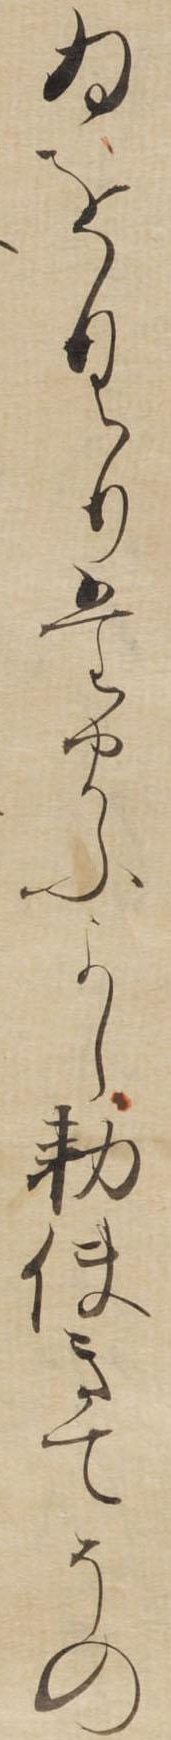
ゐをくりたまふよし勅使きてその